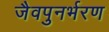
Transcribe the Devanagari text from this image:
जैवपुनर्भरण